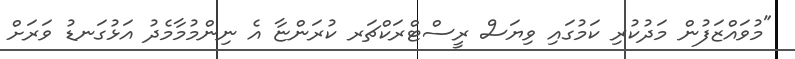
"މުވައްޒަފުން މަދުކުރި ކަމުގައި ވިޔަސް ރީސްޓްރަކްޗަރ ކުރަންޏާ އެ ނިންމުމާމެދު އަޅުގަނޑު ވަރަށް